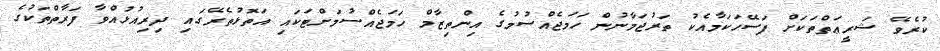
ކުރެވޭ ޝަރީޢަތްތަކަށް ފަސޭހަކަމާއެކު ތަރުޖަމާނުން ހަމަޖެއްސުމުގެ އިންތިޒާމް ހަމަޖެއްސުމަށްޓަކައި އަތޮޅުތެރޭގައި ދިރިއުޅުއްވާ ފަރާތްތަކުގެ